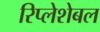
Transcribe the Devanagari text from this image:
रिप्लेशेबल